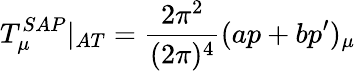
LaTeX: T_{\mu}^{SAP}|_{AT}=\frac{2\pi^{2}}{(2\pi)^{4}}(ap+bp^{\prime})_{\mu}